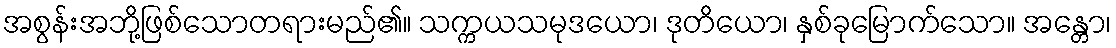
အစွန်းအဘို့ဖြစ်သောတရားမည်၏။ သက္ကယသမုဒယော၊ ဒုတိယော၊ နှစ်ခုမြောက်သော။ အန္တော၊